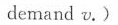
demand v. )